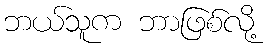
ဘယ်သူက ဘာဖြစ်လို့